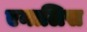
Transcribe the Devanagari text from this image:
एनालिस